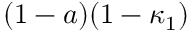
( 1 - a ) ( 1 - \kappa _ { 1 } )